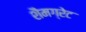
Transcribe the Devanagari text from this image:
शैमग्रेट